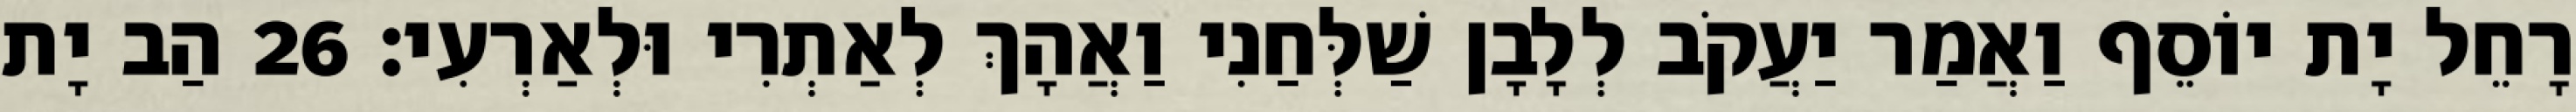
רָחֵל יָת יוֹסֵף וַאֲמַר יַעֲקֹב לְלָבָן שַׁלְּחַנִי וַאֲהָךְ לְאַתְרִי וּלְאַרְעִי׃ 26 הַב יָת